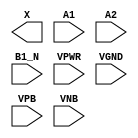
module sky130_fd_sc_ms__o21ba (
    X   ,
    A1  ,
    A2  ,
    B1_N,
    VPWR,
    VGND,
    VPB ,
    VNB
);

    output X   ;
    input  A1  ;
    input  A2  ;
    input  B1_N;
    input  VPWR;
    input  VGND;
    input  VPB ;
    input  VNB ;
endmodule